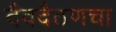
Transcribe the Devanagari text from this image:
दैवदैठणचा